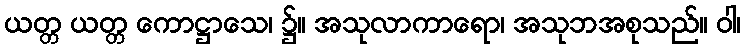
ယတ္တ ယတ္တ ကောဋ္ဌာသေ၊ ၌။ အသုလာကာရော၊ အသုဘအစုသည်။ ဝါ၊